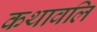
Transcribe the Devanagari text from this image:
कथावलि